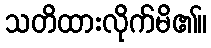
သတိထားလိုက်မိ၏။